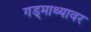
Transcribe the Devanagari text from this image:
गड्माथ्यावर